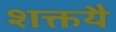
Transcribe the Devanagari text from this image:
शक्तयै